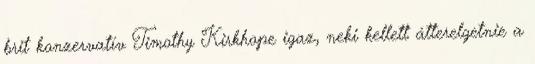
brit konzervatív Timothy Kirkhope igaz, neki kellett átterelgetnie a